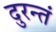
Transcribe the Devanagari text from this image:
दुरन्तं